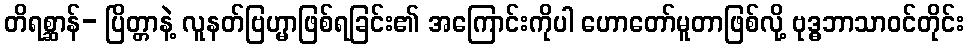
တိရစ္ဆာန်- ပြိတ္တာနဲ့ လူနတ်ဗြဟ္မာဖြစ်ရခြင်း၏ အကြောင်းကိုပါ ဟောတော်မူတာဖြစ်လို့ ဗုဒ္ဓဘာသာဝင်တိုင်း